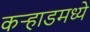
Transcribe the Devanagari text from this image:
कर्‍हाडमध्ये